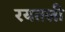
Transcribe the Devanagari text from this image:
रयतली